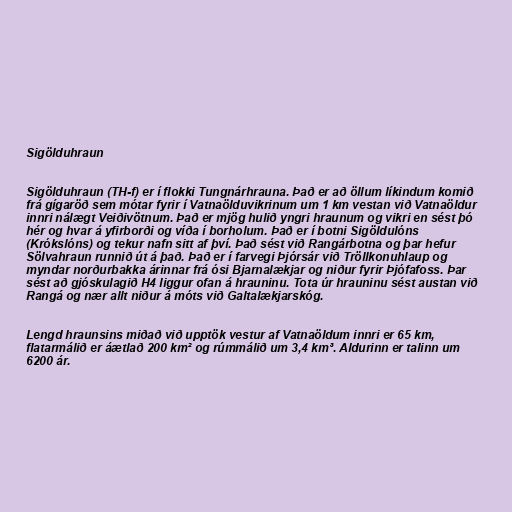
Sigölduhraun

Sigölduhraun (TH-f) er í flokki Tungnárhrauna. Það er að öllum líkindum komið
frá gígaröð sem mótar fyrir í Vatnaölduvikrinum um 1 km vestan við Vatnaöldur
innri nálægt Veiðivötnum. Það er mjög hulið yngri hraunum og vikri en sést þó
hér og hvar á yfirborði og víða í borholum. Það er í botni Sigöldulóns
(Krókslóns) og tekur nafn sitt af því. Það sést við Rangárbotna og þar hefur
Sölvahraun runnið út á það. Það er í farvegi Þjórsár við Tröllkonuhlaup og
myndar norðurbakka árinnar frá ósi Bjarnalækjar og niður fyrir Þjófafoss. Þar
sést að gjóskulagið H4 liggur ofan á hrauninu. Tota úr hrauninu sést austan við
Rangá og nær allt niður á móts við Galtalækjarskóg.

Lengd hraunsins miðað við upptök vestur af Vatnaöldum innri er 65 km,
flatarmálið er áætlað 200 km² og rúmmálið um 3,4 km³. Aldurinn er talinn um
6200 ár.